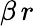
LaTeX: \beta\, r